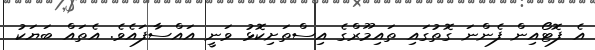
އެ ފޮޓޯއިން ފެންނަ ގޮތުގައި ތައިމޫރްގެ އިސްތަށިކޮޅު ވަނީ އައްސާފައެވެ. އެތައް ބަޔަކު